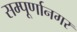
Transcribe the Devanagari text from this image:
सम्पूर्णानगर